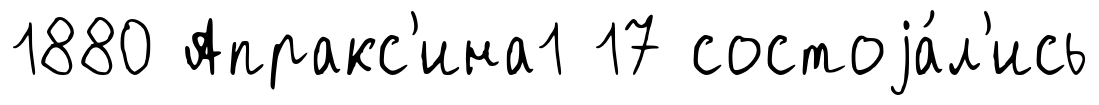
1880 Апракс'ина1 17 состоjа́л'ись